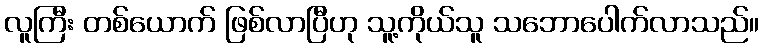
လူကြီး တစ်ယောက် ဖြစ်လာပြီဟု သူ့ကိုယ်သူ သဘောပေါက်လာသည်။